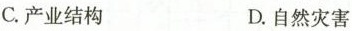
C.产业结构 D.自然灾害